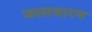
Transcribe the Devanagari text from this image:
जलावारण